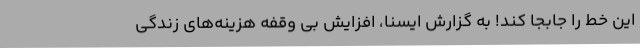
این خط را جابجا کند! به گزارش ایسنا، افزایش بی وقفه هزینه‌های زندگی